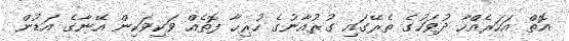
އޮތް އަހަރެއްހާ ދުވަހުގެ ތެރޭގައި ގުރުއާނުގެ ހުރިހާ ފޮތެއް ވަކިވަކިން އޭނާގެ އަޑުން